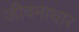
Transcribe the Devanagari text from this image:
जीवनाधार